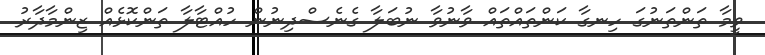
ވީމާ ތަންތަނުގަ ހިނގާ ކަންތައްތައް ވާނުވާ ނުބަލާ ގެނެސްދިނުން ހުއްޓާލާ ތަންކޮޅެއް ޒިންމާދާރު